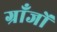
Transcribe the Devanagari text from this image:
ग्राँजों